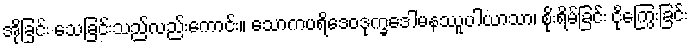
အိုခြင်း သေခြင်းသည်လည်းကောင်း။ သောကပရိဒေဝဒုက္ခဒေါမနဿူပါယာသာ၊ စိုးရိမ်ခြင်း ငိုကြွေးခြင်း